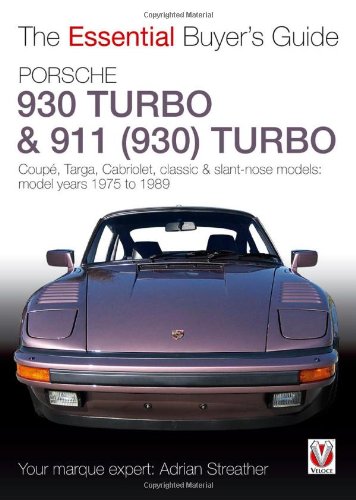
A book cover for Porsche 930 Turbo & 911 (930 ) Turbo: Coupe, Targa, Cabriolet, Classic & Slant-Nose Models (The Essential Buyer's Guide); Adrian Streather; Engineering & Transportation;